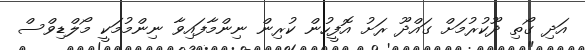
އަދި ގޯތި ދޫކުރުމަށް ގައްދޫ ރަށު އޮފީހުން ކުރިން ނިންމާފައިވާ ނިންމުމަކީ މޯލްޑިވްސް